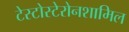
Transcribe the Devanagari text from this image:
टेस्टोस्टेरोनशामिल